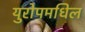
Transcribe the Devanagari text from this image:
युरोपमधिल